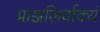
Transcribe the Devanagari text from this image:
प्राञ्जलिर्वाक्यं